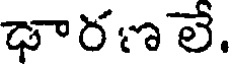
ఢారణలే.